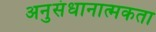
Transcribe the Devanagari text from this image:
अनुसंधानात्मकता